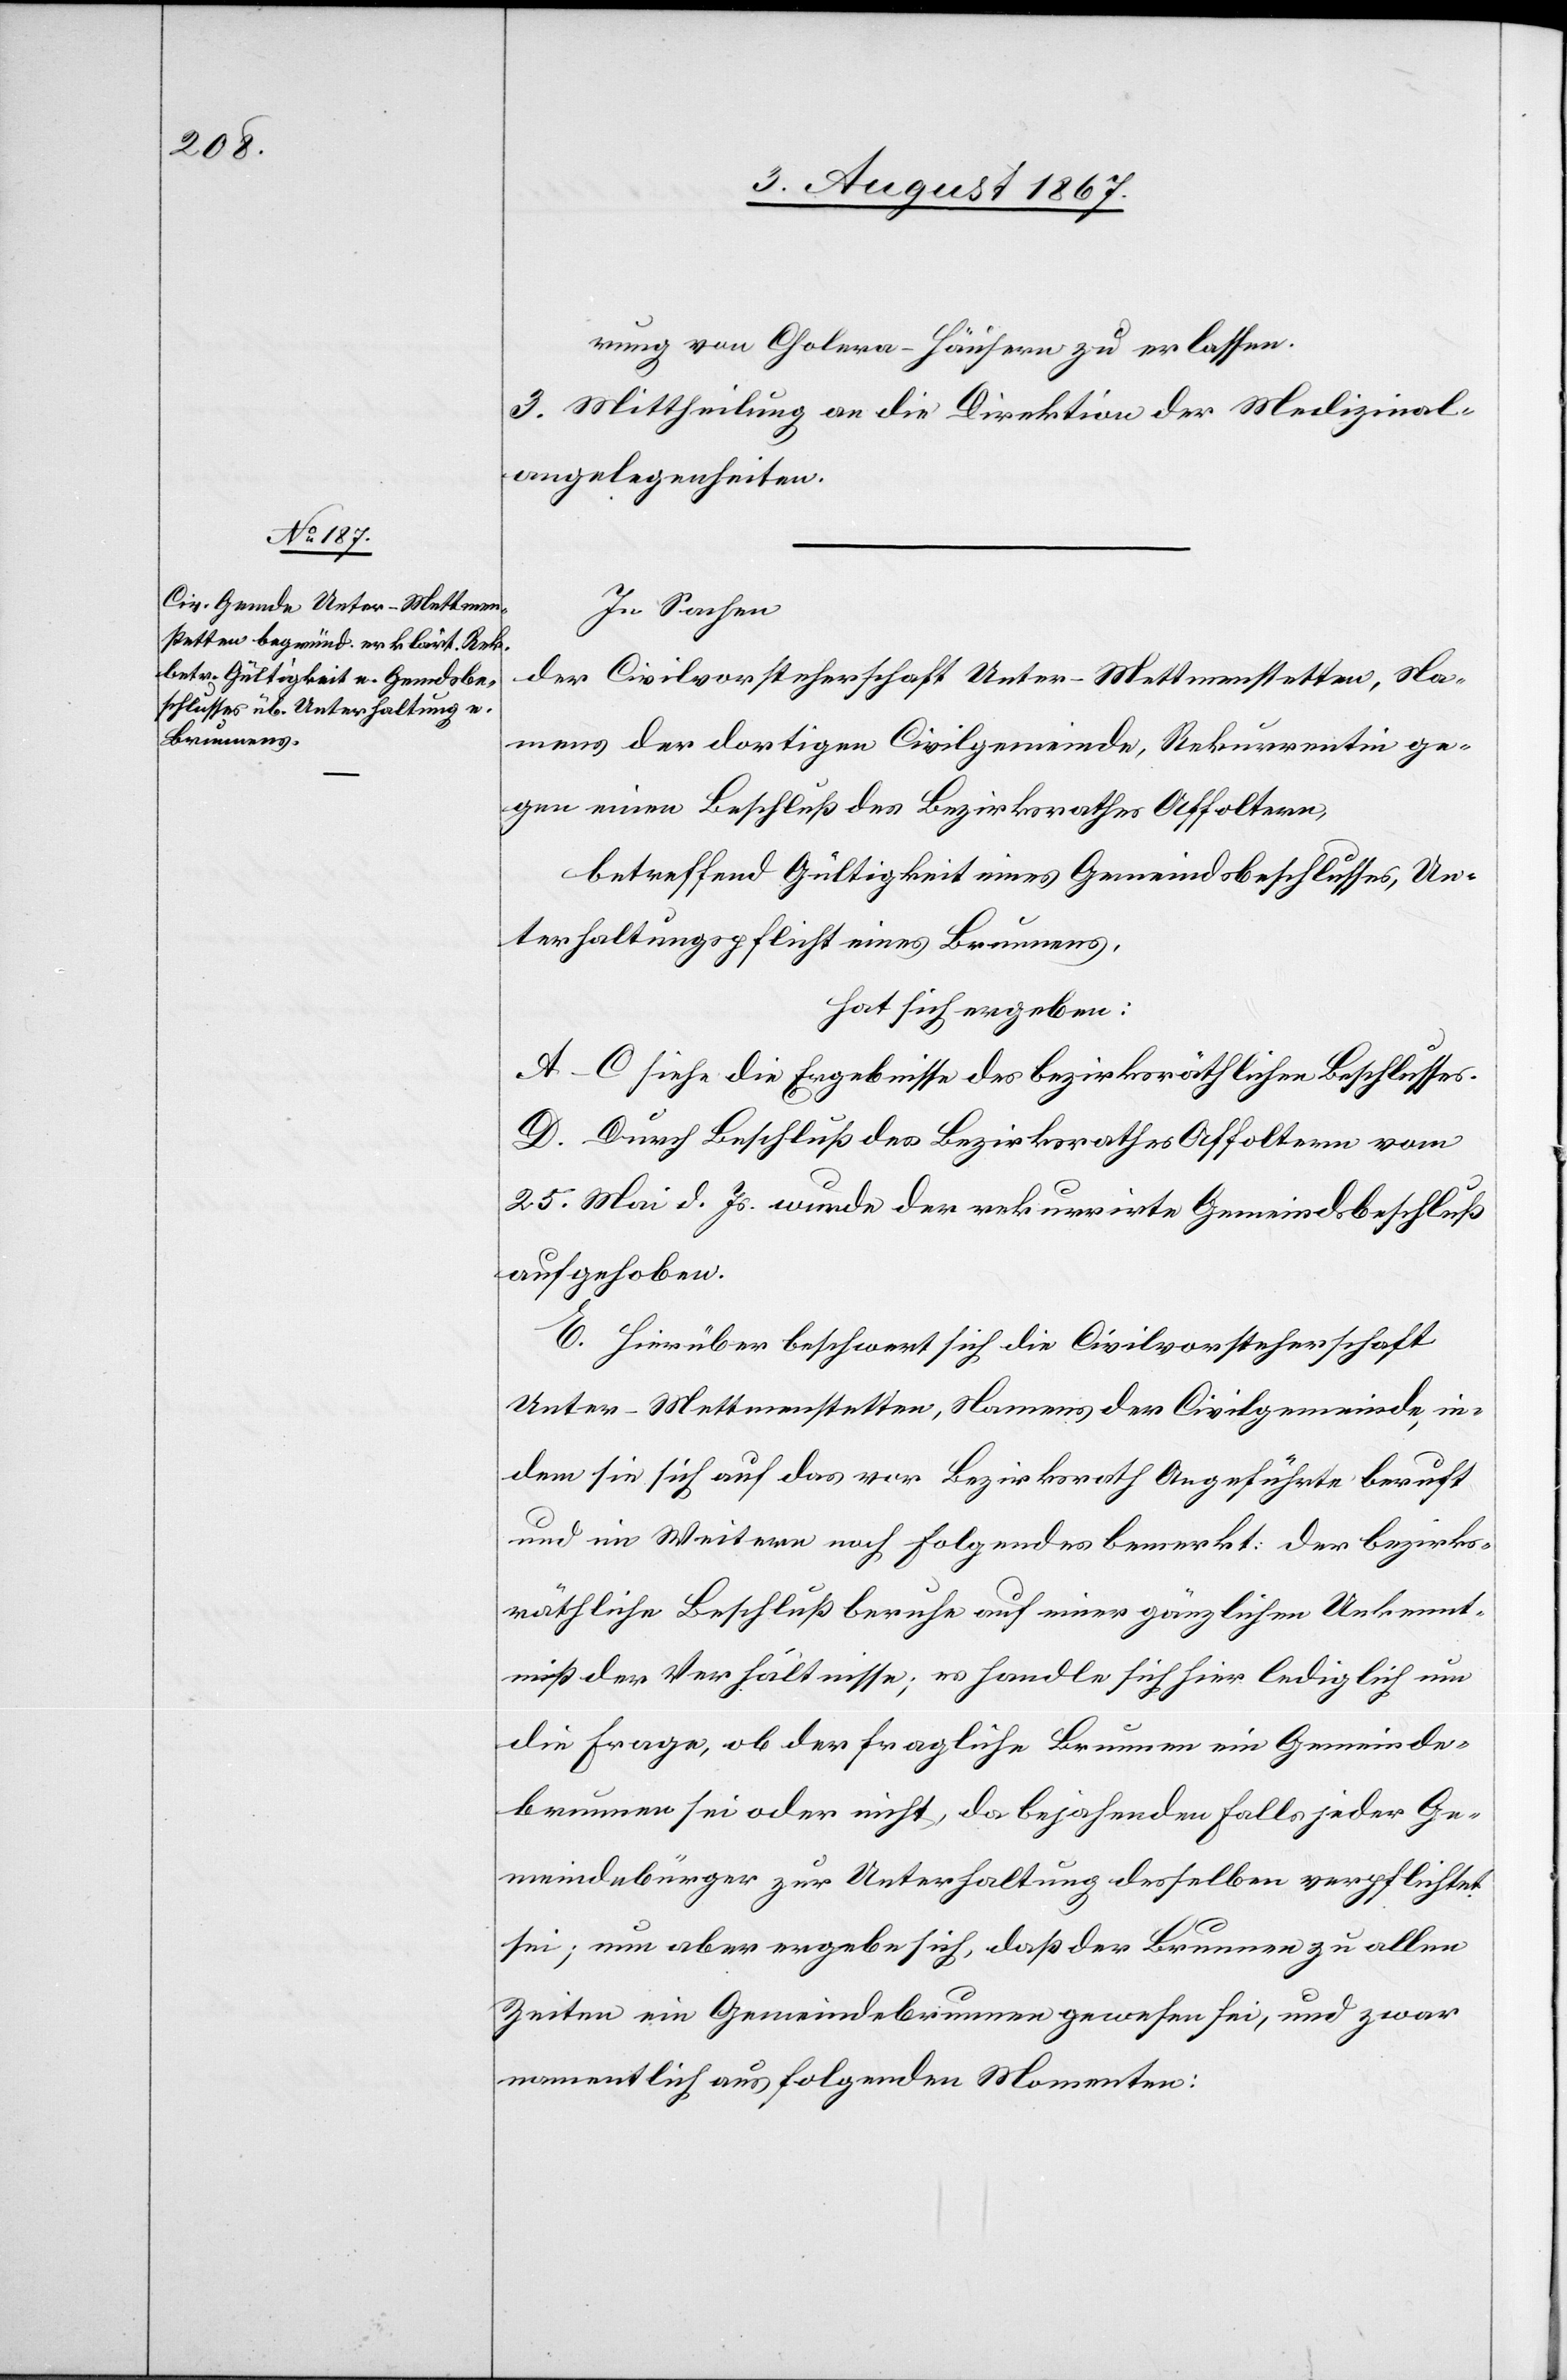
rung von Cholera-Häusern zu erlassen.
3. Mittheilung an die Direktion der Medizinal¬
angelegenheiten.
In Sachen
der Civilvorsteherschaft Unter-Mettmenstetten, Na¬
mens der dortigen Civilgemeinde, Rekurrentin ge¬
gen einen Beschluß des Bezirksrathes Affoltern,
betreffend Gültigkeit eines Gemeindsbeschlusses, Un¬
terhaltungspflicht eines Brunnens,
hat sich ergeben:
A–C siehe die Ergebnisse des bezirksräthlichen Beschlusses.
D. Durch Beschluß des Bezirksrathes Affoltern vom
23. Mai d. Js. wurde der rekurrirte Gemeindsbeschluß
aufgehoben.
E. Hierüber beschwert sich die Civilvorsteherschaft
Unter-Mettmenstetten, Namens der Civilgemeinde, in¬
dem sie sich auf das vor Bezirksrath Angeführte beruft,
und im Weitern noch folgendes bemerkt: der bezirks¬
räthliche Beschluß beruhe auf einer gänzlichen Unkennt¬
niß der Verhältnisse; es handle sich hier lediglich um
die Frage, ob der fragliche Brunnen ein Gemeinds¬
brunnen sei oder nicht, da bejahenden Falls jeder Ge¬
meindebürger zur Unterhaltung desselben verpflichtet
sei; nun aber ergebe sich, daß der Brunnen zu allen
Zeiten ein Gemeindebrunnen gewesen sei, und zwar
namentlich aus folgenden Momenten: